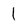
Character: I